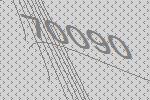
70090